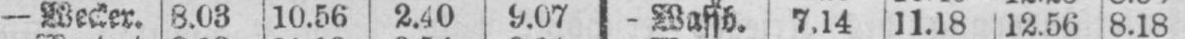
- Wecker. 8.03 10.56 2.40 9.07 - Wassb. 7.14 11.18 12.50 8.16